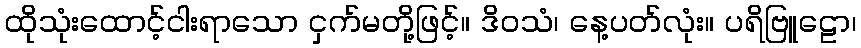
ထိုသုံးထောင့်ငါးရာသော ငှက်မတို့ဖြင့်။ ဒိဝသံ၊ နေ့ပတ်လုံး။ ပရိဗြူဠော၊